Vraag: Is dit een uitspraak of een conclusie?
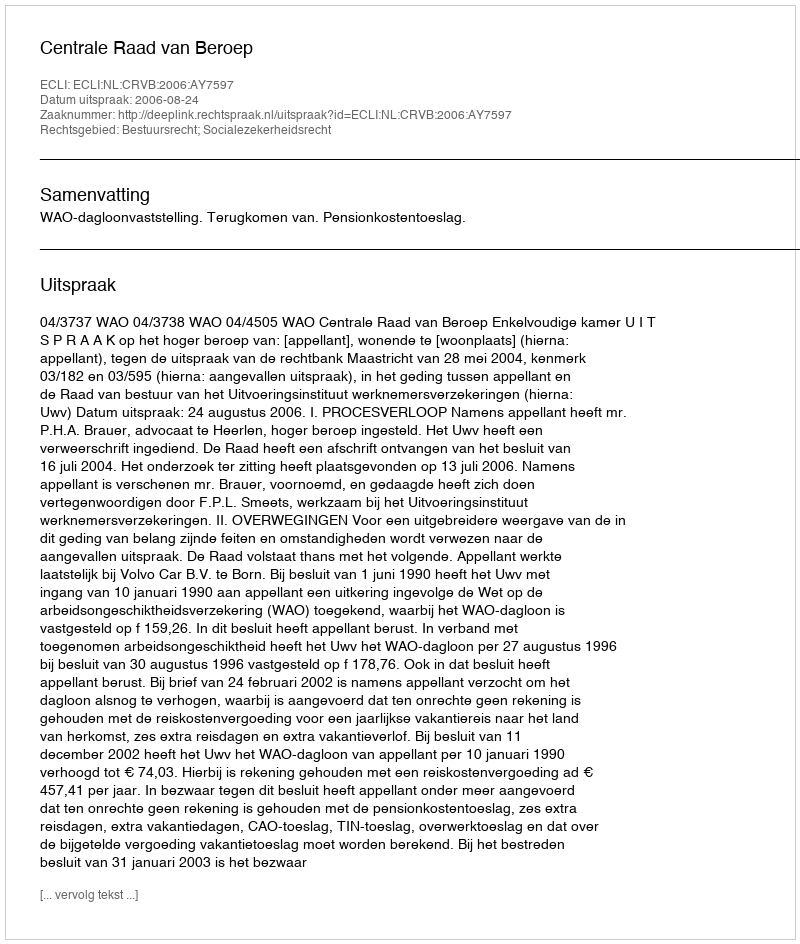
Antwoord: Uitspraak